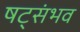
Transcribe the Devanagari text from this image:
षट्संभव